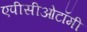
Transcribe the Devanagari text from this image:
एपीसीओटॉमी